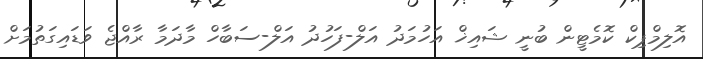
އޮލިމްޕިކް ކޮމެޓީން ބުނީ ޝައިޚް އަހުމަދު އަލް-ފަހުދު އަލް-ސަބާހް މާދަމާ ރާއްޖެ ވަޑައިގަތުމަށް